Civil Veterinary Dept. Bombay admin report 1893-99 - 1893-1899
Year: 1893
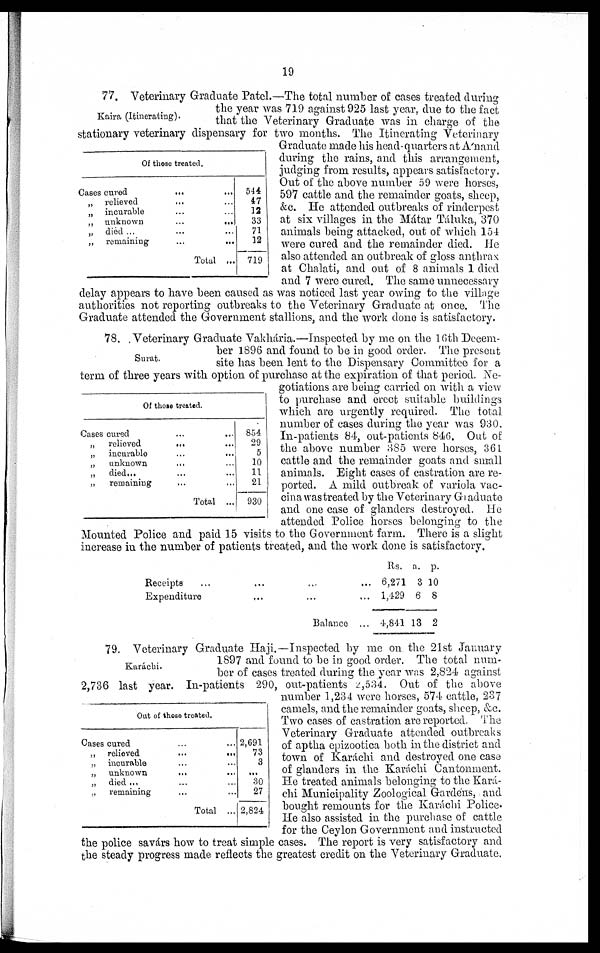
19
Kaira (Itinerating).
Of those treated.
Cases cured
...
...
„ relieved ... ...
„ incurable ... ...
„ unknown
...
...
„ died ... ... ...
„ remaining
...
...
Total ...
544
47
12
33
71
12
719
77. Veterinary Graduate Patel.—The total number of cases treated during
the year was 719 against 925 last year, due to the fact
that the Veterinary Graduate was in charge of the
stationary veterinary dispensary for two months. The Itinerating Veterinary
Graduate made his head-quarters at A'nand
during the rains, and this arrangement,
judging from results, appears satisfactory.
Out of the above number 59 were horses,
597 cattle and the remainder goats, sheep,
&c. He attended outbreaks of rinderpest
at six villages in the Mátar Táluka, 370
animals being attacked, out of which 154
were cured and the remainder died. He
also attended an outbreak of gloss anthrax
at Chalati, and out of 8 animals 1 died
and 7 were cured. The same unnecessary
delay appears to have been caused as was noticed last year owing to the village
authorities not reporting outbreaks to the Veterinary Graduate at once. The
Graduate attended the Government stallions, and the work done is satisfactory.
Surat.
Of those treated.
Cases cured
„
relieved
...
...
„ incurable
...
...
„
unknown ... ...
„
died...
...
...
„
remaining
...
Total ...
854
29
5
10
11
21
930
78. Veterinary Graduate Vakhária.—Inspected by me on the 16th Decem-
ber 1896 and found to be in good order. The present
site has been lent to the Dispensary Committee for a
term of three years with option of purchase at the expiration of that period. Ne-
gotiations are being carried on with a view
to purchase and erect suitable buildings
which are urgently required. The total
number of cases during the year was 930.
In-patients 84, out-patients 846. Out of
the above number 385 were horses, 361
cattle and the remainder goats and small
animals. Eight cases of castration are re-
ported. A mild outbreak of variola vac-
cina was treated by the Veterinary Gaduate
and one case of glanders destroyed. He
attended Police horses belonging to the
Mounted Police and paid 15 visits to the Government farm. There is a slight
increase in the number of patients treated, and the work done is satisfactory.
Receipts
...
...
...
...
Expenditure
... ... ...
Balance ...
Rs.
6,271
1,429
4,841
a.
3
6
13
p.
10
8
2
Karáchi.
Oat of those treated.
Cases cured ... ...
„ relieved
...
...
„ incurable ... ...
„ unknown
... ...
„ died... ... ...
„ remaining ... ...
Total ...
2,691
73
3
...
30
27
2,824
79. Veterinary Graduate Haji.—Inspected by me on the 21st January
1897 and found to be in good order. The total num-
ber of cases treated during the year was 2,824 against
2,736 last year. In-patients 290, out-patients 2,534. Out of the above
number 1,234 were horses, 574 cattle, 237
camels, and the remainder goats, sheep, &c.
Two cases of castration are reported. The
Veterinary Graduate attended outbreaks
of aptha epizootica both in the district and
town of Karáchi and destroyed one case
of glanders in the Karáchi Cantonment.
He treated animals belonging to the Kará-
chi Municipality Zoological Gardens, and
bought remounts for the Karáchi Police.
He also assisted in the purchase of cattle
for the Ceylon Government and instructed
the police savárs how to treat simple cases. The report is very satisfactory and
the steady progress made reflects the greatest credit on the Veterinary Graduate.